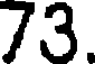
73.